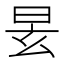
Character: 𣆂